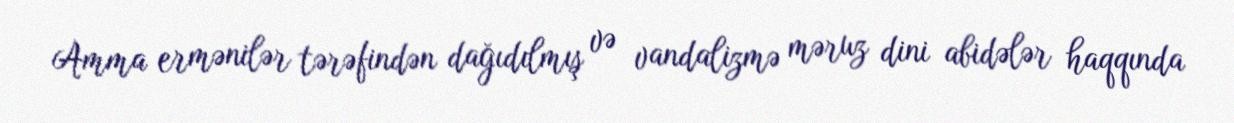
Amma ermənilər tərəfindən dağıdılmış və vandalizmə məruz dini abidələr haqqında